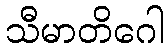
သီမာတိဂေါ